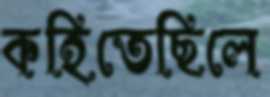
কহিতেছিলে